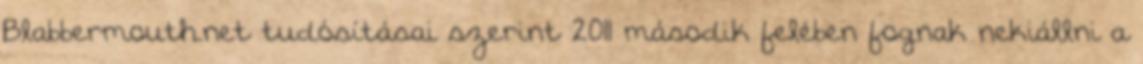
Blabbermouth.net tudósításai szerint 2011 második felében fognak nekiállni a